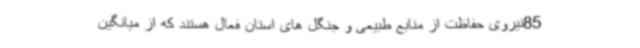
85نیروی حفاظت از منابع طبیعی و جنگل های استان فعال هستند که از میانگین